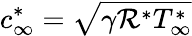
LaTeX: c_{\infty}^{\ast}=\sqrt{\gamma\mathcal{R}^{\ast}T_{\infty}^{\ast}}